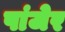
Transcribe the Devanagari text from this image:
पांजेर